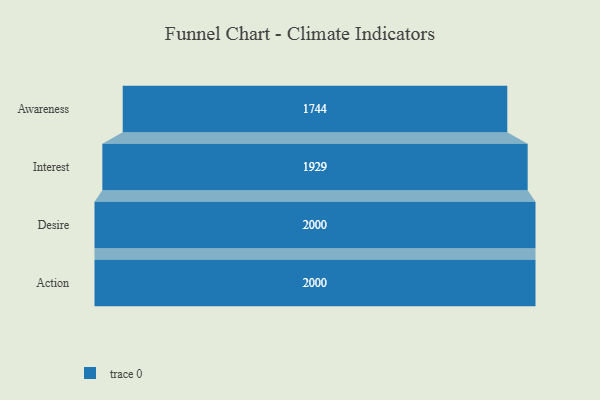
{"axis": {"x": "Stage", "y": "Value"}, "legend": [""], "data": [{"x": "Awareness", "y": 1744.0, "type": ""}, {"x": "Interest", "y": 1929.0, "type": ""}, {"x": "Desire", "y": 2000, "type": ""}, {"x": "Action", "y": 2000, "type": ""}]}